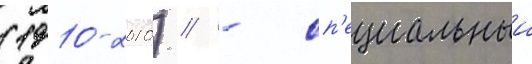
(1910-2010) // - сп'ециальныи